Plague in India, 1896, 1897 - Volume 3
Year: 1896
Disease focus: Plague
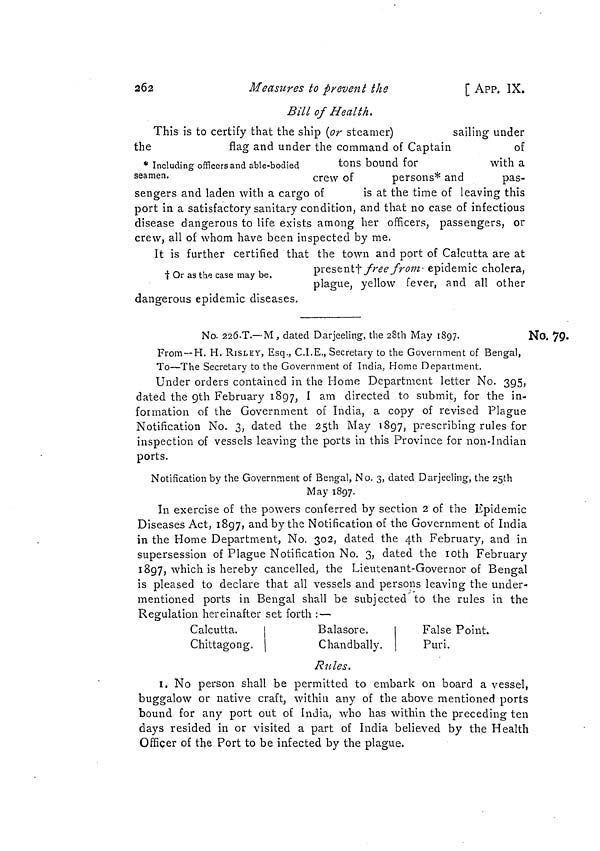
262
Measures to prevent the
[ APP. IX.
Bill of Health.
This is to certify that the ship (or steamer)
sailing under
the
flag
and under the command of Captain
of
* Including officers and able-bodied
tons bound for
with a
seamen.
crew of
persons* and
pas-
sengers and laden with a cargo of
is at the time of leaving this
port in a satisfactory sanitary condition, and that no case of infectious
disease dangerous to life exists among her officers, passengers, or
crew, all of whom have been inspected by me.
† Or as the case may be.
It is further certified that the town and port of Calcutta are at
present† free from epidemic cholera,
plague, yellow fever, and all other
dangerous epidemic diseases.
No. 79.
No. 226-T.— M , dated Darjeeling, the 28th May 1897.
From —H. H. RISLEY, Esq., C.I.E., Secretary to the Government of Bengal,
To—The Secretary to the Government of India, Home Department.
Under orders contained in the Home Department letter No. 395,
dated the gth February 1897, I am directed to submit, for the in-
formation of the Government of India, a copy of revised Plague
Notification No. 3, dated the 25th May 1897, prescribing rules for
inspection of vessels leaving the ports in this Province for non-Indian
ports.
Notification by the Government of Bengal, No. 3, dated Darjeeling, the 25th
May 1897.
In exercise ot the powers conterred by section 2 01 the epidemic
Diseases Act, 1897, and by the Notification of the Government of India
in the Home Department, No. 302, dated the 4th February, and in
supersession of Plague Notification No. 3, dated the loth February
1897, which is hereby cancelled, the Lieutenant-Governor of Bengal
is pleased to declare that all vessels and persons leaving the under-
mentioned ports in Bengal shall be subjected to the rules in the
Regulation hereinafter set forth : —
Calcutta.
Chittagong.
Balasore.
Chandbally.
False Point.
Puri.
Rules.
1. No person shall be permitted to embark on board a vessel,
buggalow or native craft, within any of the above mentioned ports
bound for any port out of India, who has within the preceding ten
days resided in or visited a part of India believed by the Health
Officer of the Port to be infected by the plague.